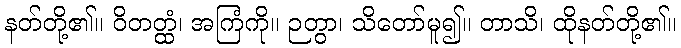
နတ်တို့၏။ ဝိတတ္ထံ၊ အကြံကို။ ဉတွာ၊ သိတော်မူ၍။ တာသိ၊ ထိုနတ်တို့၏။